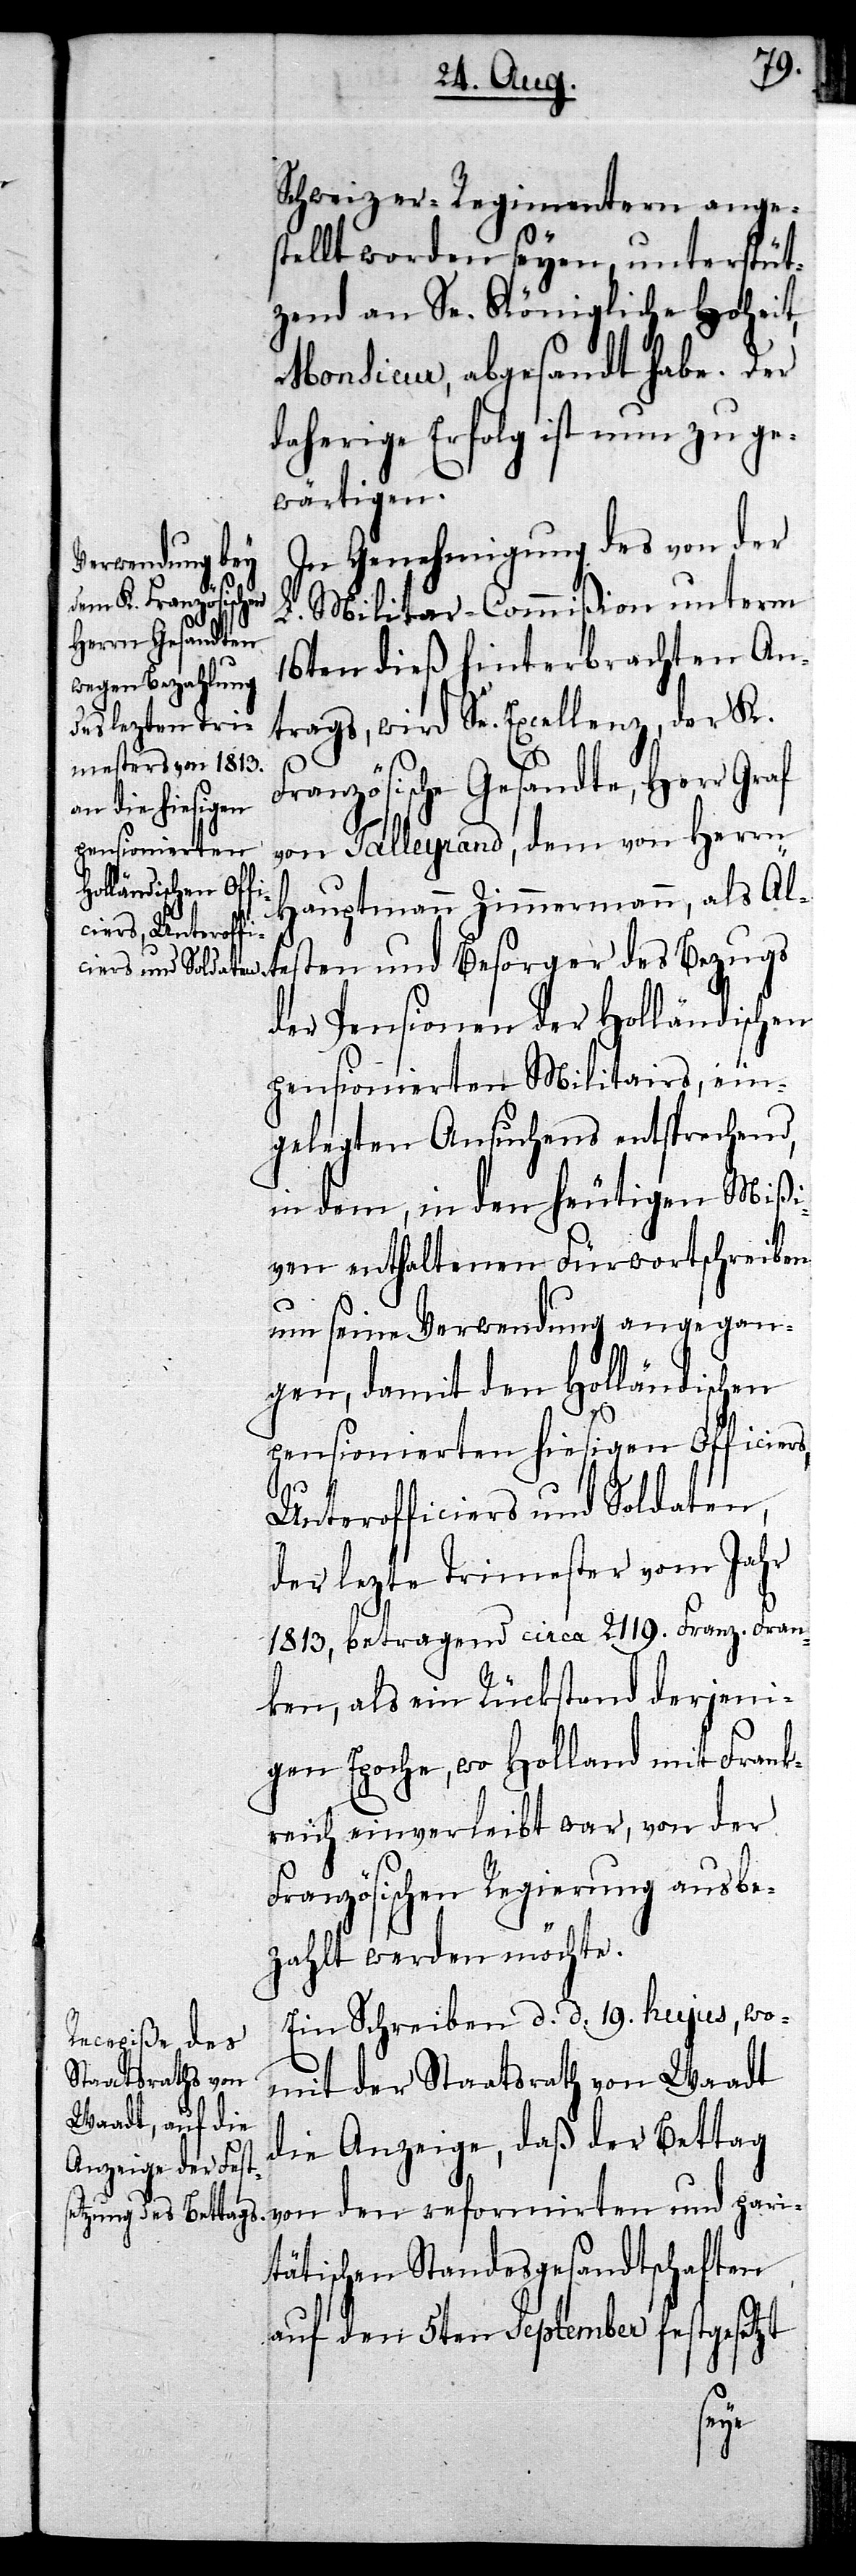
Schweizer-Regimentern anges¬
tellt worden seyen, unterstüt¬
zend an Se. Königliche Hoheit,
Monsieur, abgesandt habe. Der
daherige Erfolg ist nun zu ge¬
wärtigen.
In Genehmigung des von der
rs,
L. Militar-Commißion unterm
16ten dieß hinterbrachten An¬
trags, wird Se. Excellenz, der K.
Französische Gesandte, Herr Graf
von Talleyrand, dem von Herrn
Hauptmann Zimmermann, als Älte¬
der Pensionen der Holländischen
pensionierten Militairs, ein¬
gelegten Ansuchens entsprechend,
in dem, in den heutigen Mißi¬
ven enthaltenen Fürwortschreiben
um seine Verwendung angegan¬
gen, damit den Holländischen
pensionierten hiesigen Officie¬
Unterofficiers und Soldaten,
der lezte Trimester vom Jahr
1813, betragend circa 2119. Franz. Fran¬
ken, als ein Rückstand derjeni¬
gen Epoche, wo Holland mit Frank¬
reich einverleibt war, von der
Französischen Regierung ausbe¬
zahlt werden möchte.
Ein Schreiben d. d. 19. hujus, wo¬
mit der Staatsrath von Waadt
die Anzeige, daß der Bettag
von den reformirten und pari¬
tätischen Standesgesandtschaften
auf den 5ten September festgesetzt
ugs